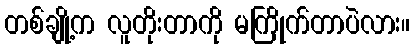
တစ်ချို့က လူတိုးတာကို မကြိုက်တာပဲလား။